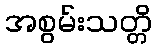
အစွမ်းသတ္တိ